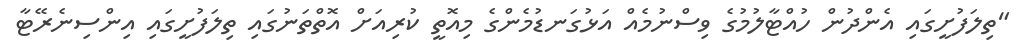
"ތިލަފުށީގައި އެންދުން ހުއްޓާލުމުގެ ވިސްނުމެއް އަޅުގަނޑުމެންގެ މިއޮތީ ކުރިއަށް އޮތްތަނުގައި ތިލަފުށީގައި އިންސިނެރޭޓާ